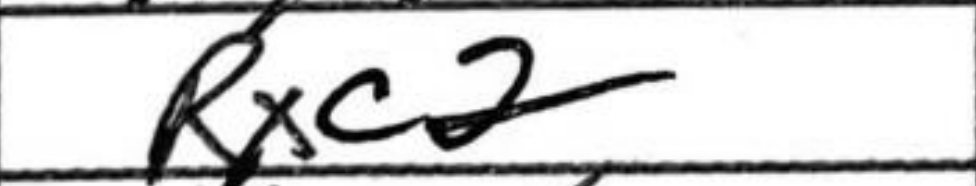
Transcription: Rxc2